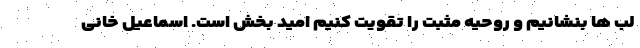
لب ها بنشانیم و روحیه مثبت را تقویت کنیم امید بخش است. اسماعیل خانی